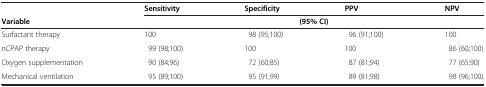
<table><thead><tr><td><b> </b></td><td><b>Sensitivity</b></td><td><b>Specificity</b></td><td><b>PPV</b></td><td><b>NPV</b></td></tr><tr><td><b>Variable</b></td><td colspan="4"><b>(95% CI)</b></td></tr></thead><tbody><tr><td>Surfactant therapy</td><td>100</td><td>98 (95;100)</td><td>96 (91;100)</td><td>100</td></tr><tr><td>nCPAP therapy</td><td>99 (98;100)</td><td>100</td><td>100</td><td>86 (60;100)</td></tr><tr><td>Oxygen supplementation</td><td>90 (84;96)</td><td>72 (60;85)</td><td>87 (81;94)</td><td>77 (65;90)</td></tr><tr><td>Mechanical ventilation</td><td>95 (89;100)</td><td>95 (91;99)</td><td>89 (81;98)</td><td>98 (96;100)</td></tr></tbody></table>